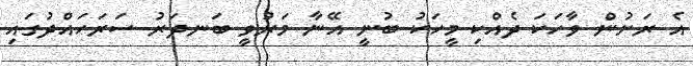
އެ ރަށުން ވާހަކަ ދެއްކި މީހަކު ބުނީ އޭނާ މަރުވީ ބަނދަރު ސަރަހައްދުގައި